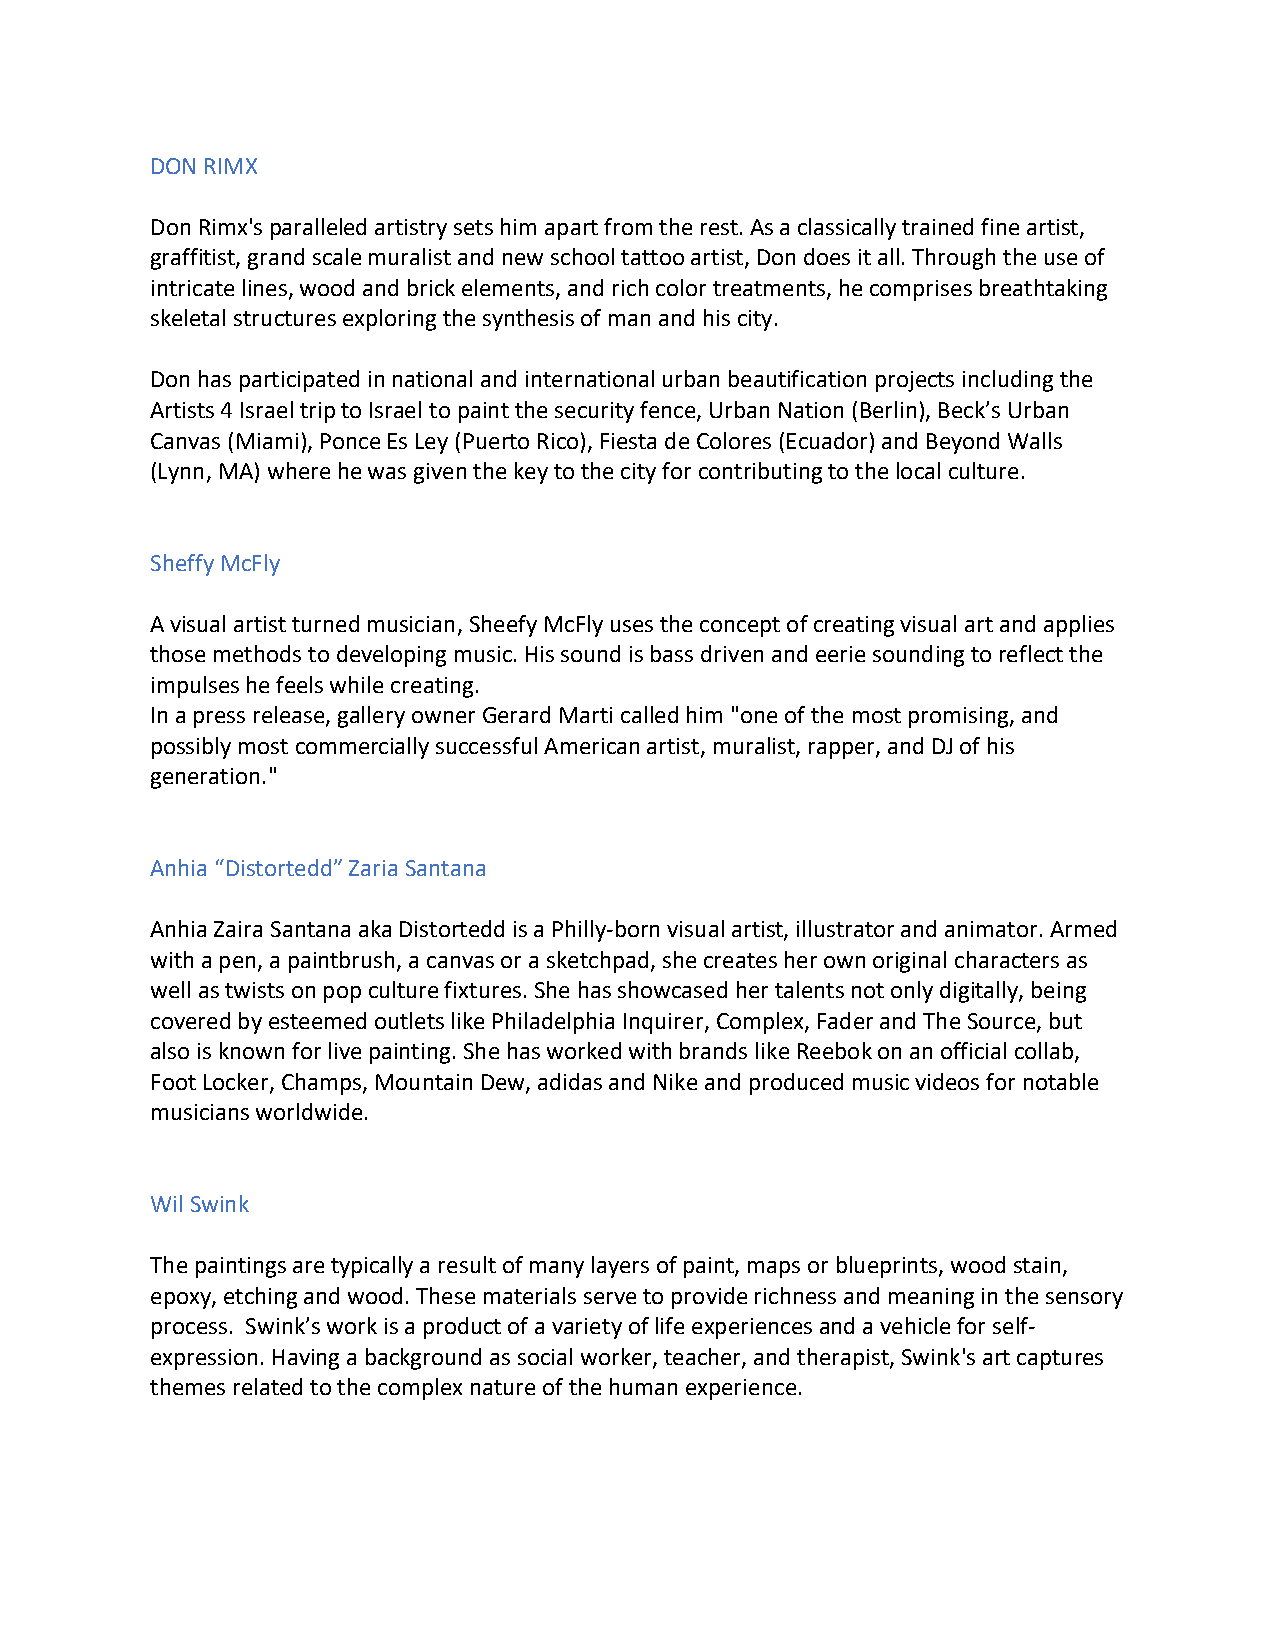
DON RIMX
 Don Rimx's paralleled artistry sets him apart from the rest. As a classically trained fine artist,
 graffitist, grand scale muralist and new school tattoo artist, Don does it all. Through the use of
 intricate lines, wood and brick elements, and rich color treatments, he comprises breathtaking
 skeletal structures exploring the synthesis of man and his city.
 Don has participated in national and international urban beautification projects including the
 Artists 4 Israel trip to Israel to paint the security fence, Urban Nation (Berlin), Beck’s Urban
 Canvas (Miami), Ponce Es Ley (Puerto Rico), Fiesta de Colores (Ecuador) and Beyond Walls
 (Lynn, MA) where he was given the key to the city for contributing to the local culture.
 Sheffy McFly
 A visual artist turned musician, Sheefy McFly uses the concept of creating visual art and applies
 those methods to developing music. His sound is bass driven and eerie sounding to reflect the
 impulses he feels while creating.
 In a press release, gallery owner Gerard Marti called him "one of the most promising, and
 possibly most commercially successful American artist, muralist, rapper, and DJ of his
 generation."
 Anhia “Distortedd” Zaria Santana
 Anhia Zaira Santana aka Distortedd is a Philly-born visual artist, illustrator and animator. Armed
 with a pen, a paintbrush, a canvas or a sketchpad, she creates her own original characters as
 well as twists on pop culture fixtures. She has showcased her talents not only digitally, being
 covered by esteemed outlets like Philadelphia Inquirer, Complex, Fader and The Source, but
 also is known for live painting. She has worked with brands like Reebok on an official collab,
 Foot Locker, Champs, Mountain Dew, adidas and Nike and produced music videos for notable
 musicians worldwide.
 Wil Swink
 The paintings are typically a result of many layers of paint, maps or blueprints, wood stain,
 epoxy, etching and wood. These materials serve to provide richness and meaning in the sensory
 process. Swink’s work is a product of a variety of life experiences and a vehicle for self-
 expression. Having a background as social worker, teacher, and therapist, Swink's art captures
 themes related to the complex nature of the human experience.